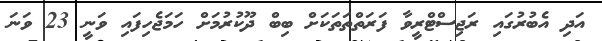
އަދި އެބުރުގައި ރަޖިސްޓްރީވާ ފަރަތްތަތަކަށް ބިބް ދޫކުރުމަށް ހަމަޖެހިފައި ވަނީ 23 ވަނަ